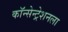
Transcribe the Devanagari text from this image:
कॉन्सेन्ट्रेशनला